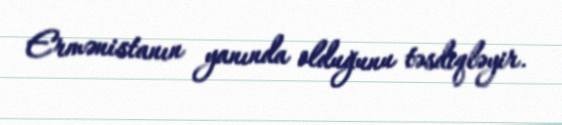
Ermənistanın yanında olduğunu təsdiqləyir.